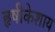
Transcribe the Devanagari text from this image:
हृषीकेशाय